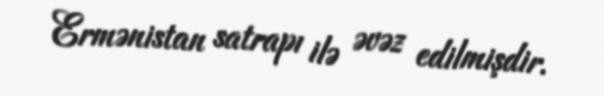
Ermənistan satrapı ilə əvəz edilmişdir.